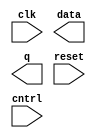
/*
 * Copyright 2018-2024 ISP RAS (http://www.ispras.ru)
 *
 * Licensed under the Apache License, Version 2.0 (the "License");
 * you may not use this file except in compliance with the License.
 * You may obtain a copy of the License at
 *
 *     http://www.apache.org/licenses/LICENSE-2.0
 *
 * Unless required by applicable law or agreed to in writing, software
 * distributed under the License is distributed on an "AS IS" BASIS,
 * WITHOUT WARRANTIES OR CONDITIONS OF ANY KIND, either express or implied.
 * See the License for the specific language governing permissions and
 * limitations under the License.
 */

// IEEE Std 1364-2005
//   14. Specify blocks
//     14.2 Module path declarations
//       14.2.4 State-dependent paths
//         14.2.4.3 Edge-sensitive state-dependent paths
//           Example 4The two state-dependent path declarations shown below are not legal because
//           even though they have different conditions, the destinations are not specified in the
//           same way: the first destination is a part-select, the second is a bit-select.

module test(clk, data, q, reset, cntrl);
  input clk, reset, cntrl;
  output data;
  output [4:0] q;

  specify
    `ifdef NEGATIVE_TEST
    if (reset)
      (posedge clk => (q[3:0]:data)) = (10,5);
    if (!reset)
      (posedge clk => (q[0]:data)) = (15,8);
    `endif
  endspecify
endmodule